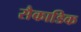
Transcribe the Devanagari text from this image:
सैकाडिक